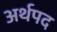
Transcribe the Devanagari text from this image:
अर्थपद